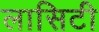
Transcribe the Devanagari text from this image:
लासिटी